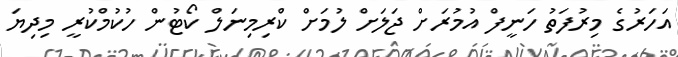
އަހަރުގެ މިރުފަތު ހަނީފް އުމުރަށް ޖަލަށް ލުމަށް ކްރިމިނަލް ކޯޓުން ހުކުމްކުރީ މިދިޔަ